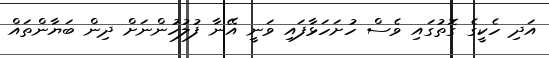
އަދި ހެކީގެ ގޮތުގައި ވެސް ހުށަހަޅާފައި ވަނީ އޭނާ ފުލުހުންނަށް ދިން ބަޔާންތައް